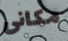
مكانى